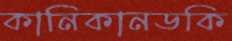
কানিকানডকি